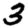
Digit: 3